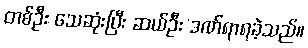
တစ်ဦး သေဆုံးပြီး ဆယ်ဦး ဒဏ်ရာရခဲ့သည်။